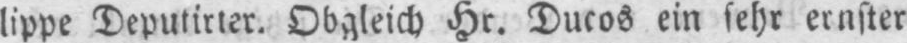
lippe Deputirter. Obgleich Hr. Ducos ein sehr ernster